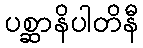
ပစ္ဆာနိပါတိနီ